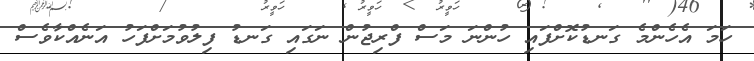
ހަމަ އެހެންމެ ގަނޑުކޮށްފައި ހުންނަ މަސް ފްރިޖުން ނަގައި ގަނޑު ފިލުވުމަށްފަހު އަނެއްކާވެސް